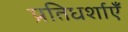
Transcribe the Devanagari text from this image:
प्रतिधर्शाएँ